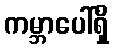
ကမ္ဘာပေါ်ရှိ